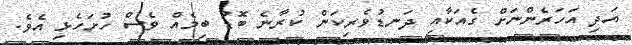
އަދި އަހަރެންނަށް ގެއަކާއި ދަނޑުވެރިކަން ކުރާނެ ބޮޑު ބިމެއް ވެސް ހުށަހެޅި އެވެ.